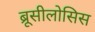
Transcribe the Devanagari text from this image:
ब्रूसीलोसिस